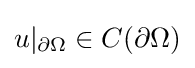
{\textstyle u|_{\partial \Omega }\in C(\partial \Omega )}